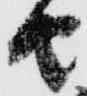
由